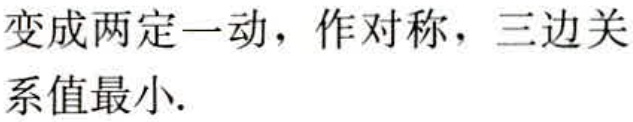
变成两定一动，作对称，三边关系值最小.